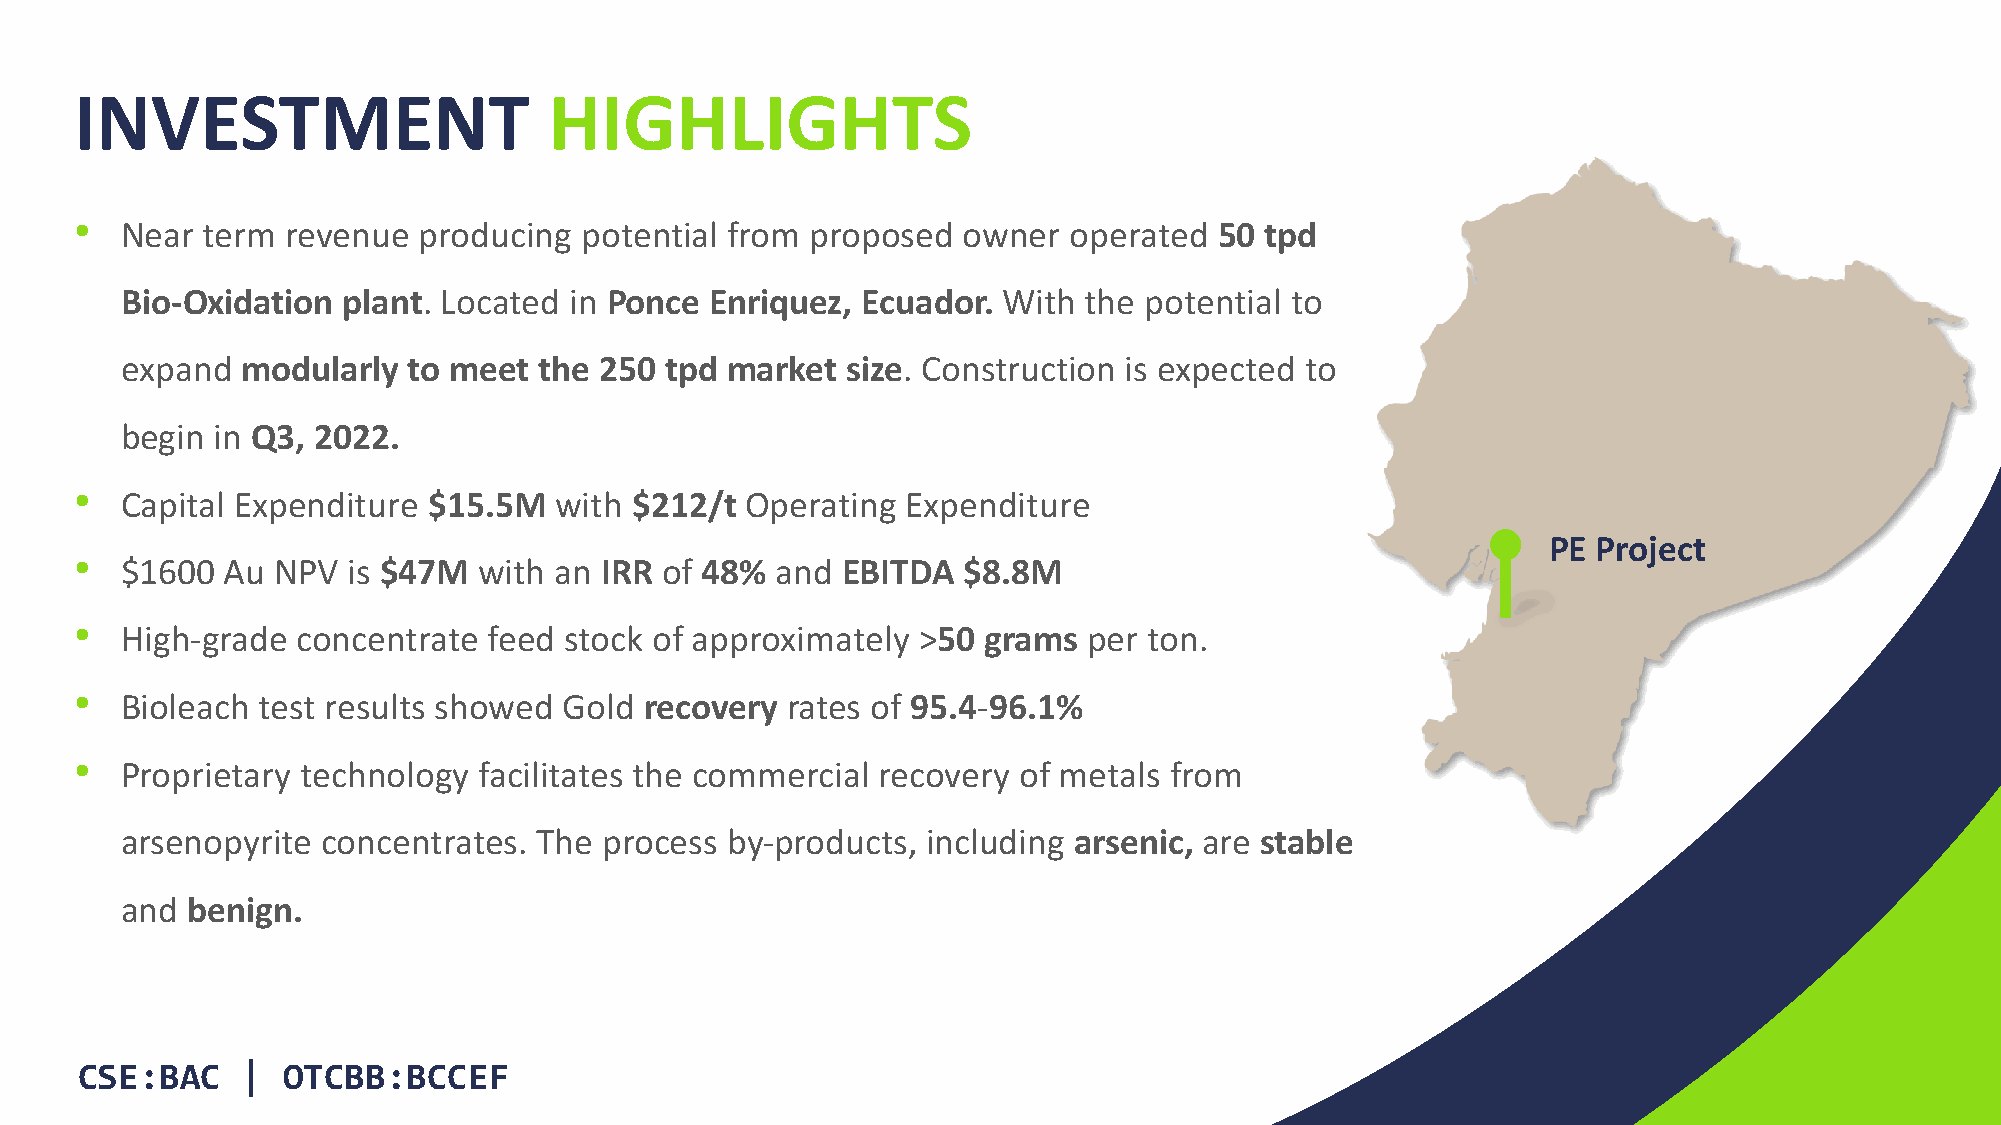
INVESTMENT                     HIGHLIGHTS
 •
 Near term  revenue  producing potential from  proposed  owner  operated  50 tpd
 Bio-Oxidation  plant. Located in Ponce Enriquez, Ecuador. With  the potential to
 expand  modularly  to meet  the 250 tpd market  size. Construction is expected to
 begin in Q3, 2022.
 •
 Capital Expenditure $15.5M   with $212/t Operating  Expenditure
 PE Project
 •
 $1600  Au NPV  is $47M  with an IRR of 48% and  EBITDA  $8.8M
 •
 High-grade  concentrate feed stock of approximately  >50 grams  per ton.
 •
 Bioleach test results showed Gold  recovery rates of 95.4-96.1%
 •
 Proprietary technology  facilitates the commercial recovery of metals from
 arsenopyrite concentrates.  The process by-products, including arsenic, are stable
 and benign.
 CSE:BAC    |  OTCBB:BCCEF